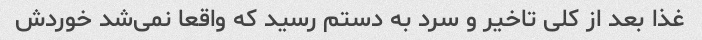
غذا بعد از کلی تاخیر و سرد به دستم رسید که واقعا نمی‌شد خوردش